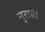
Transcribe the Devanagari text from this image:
नुराबी